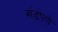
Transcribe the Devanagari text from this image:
खंडपणे